Scottish Certificate of Education, 1963
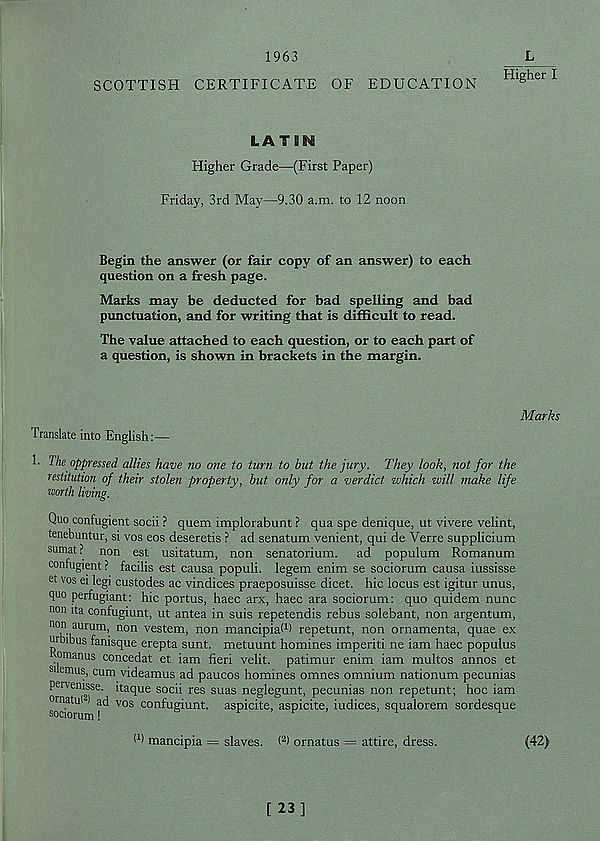
1963
SCOTTISH CERTIFICATE OF EDUCATION
L
Higher I
LA T B !h£
Higher Grade—(First Paper)
Friday, 3rd May—9.30 a.m. to 12 noon
Begin the answer (or fair copy of an answer) to each
question on a fresh page.
Marks may be deducted for bad spelling and bad
punctuation, and for writing that is difficult to read.
The value attached to each question, or to each part of
a question, is shown in brackets in the margin.
Marks
Translate into English:—
1. The oppressed allies have no one to turn to but the jury. They look, not for the
restitution of their stolen property, but only for a verdict which will make life
worth living.
Quo confugient socii ? quern implorabunt ? qua spe denique, ut vivere velint,
tenebuntur, si vos eos deseretis ? ad senatum venient, qui de Verre supplicium
sumat? non est usitatum, non senatorium. ad populum Romanum
confugient ? facilis est causa populi. legem enim se sociorum causa iussisse
et vos ei legi custodes ac vindices praeposuisse dicet. hie locus est igitur unus,
quo perfugiant: hie portus, haec arx, haec ara sociorum: quo quidem nunc
non ita confugiunt, ut antea in suis repetendis rebus solebant, non argentum,
nc T aumm , non vestem, non mancipiat 1 ) repetunt, non ornamenta, quae ex
urbibus fanisque erepta sunt, metuunt homines imperiti ne iam haec populus
omanus concedat et iam fieri velit. patimur enim iam multos annos et
1 emu s, cum videamus ad paucos homines omnes omnium nationum pecunias
pervemsse. itaque socii res suas neglegunt, pecunias non repetunt; hoc iam
^rnatu ~i ad vos confugiunt. aspicite, aspicite, indices, squalorem sordesque
l 1 ) mancipia = slaves. ( 2 ) ornatus = attire, dress.
(42)